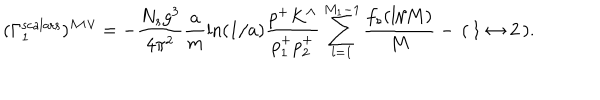
LaTeX: ( \Gamma _ { 1 } ^ { \mathrm { s c a l a r s } } ) ^ { \wedge \wedge \vee } = - \frac { N _ { s } g ^ { 3 } } { 4 \pi ^ { 2 } } \frac { a } { m } \ln ( 1 / a ) \frac { p ^ { + } K ^ { \wedge } } { p _ { 1 } ^ { + } p _ { 2 } ^ { + } } \sum _ { l = 1 } ^ { M _ { 1 } - 1 } \frac { f _ { s } ( l / M ) } { M } - \, ( \, 1 \leftrightarrow 2 \, ) .